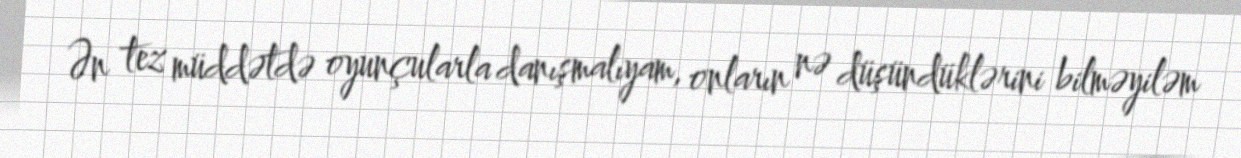
Ən tez müddətdə oyunçularla danışmalıyam, onların nə düşündüklərini bilməyiləm